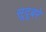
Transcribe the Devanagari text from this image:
सूदूबरे